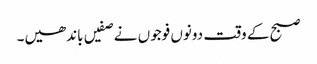
صبح کے وقت دونوں فوجوں نے صفیں باندھیں۔